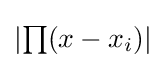
{\textstyle \left|\prod (x-x_{i})\right|}